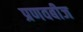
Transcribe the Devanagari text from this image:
प्रणवबीज